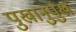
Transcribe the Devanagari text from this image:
पुखानुपुंख